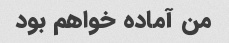
من آماده خواهم بود